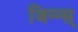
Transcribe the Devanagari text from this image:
जिन्न्स्